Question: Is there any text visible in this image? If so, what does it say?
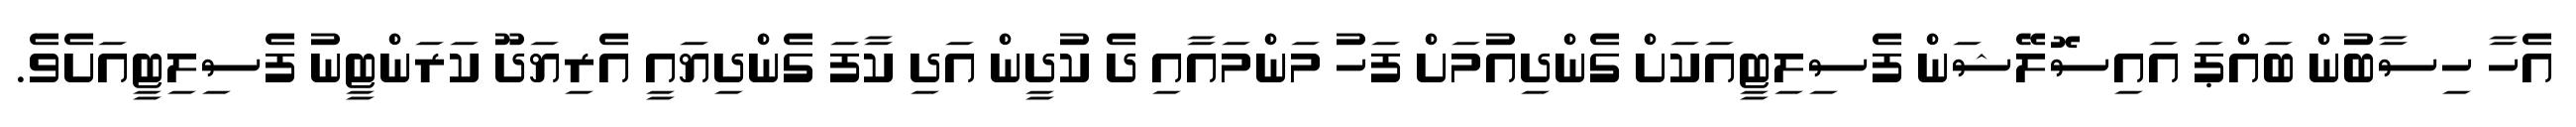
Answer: އެހާ ހިސާބުން ބައްޕަ އައިސޮލޭޝަން ފެސިލިޓީއަކަށް ގެންދިއުމަށް ފަހު މަންމައާއި ދެ ކުދީން އަދި ކާފަ ގެންދިޔައީ އެރިޔަދޫ ކަރަންޓީނު ފެސިލިޓީއަށެވެ.